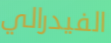
الفيدرالي